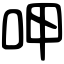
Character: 呷